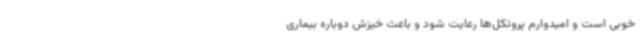
خوبی است و امیدوارم پروتکل‌ها رعایت شود و باعث خیزش دوباره بیماری